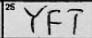
Transcription: YFT